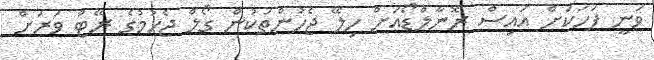
ވަނީ ފަހަކަށް އައިސް ރޮނާލްޑޯއަށް ހިލޭ ޖެހުންތަކުން ގޯލް ޖެހުމުގެ ރޭޓް ވަރަށް